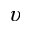
\upsilon